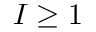
I \geq 1